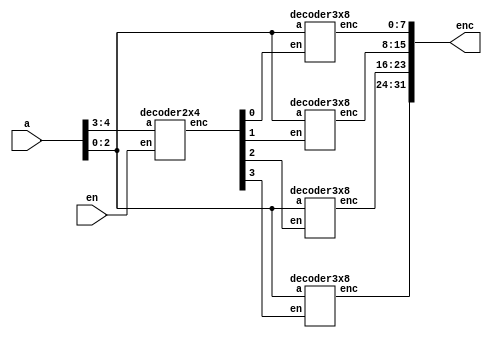
// Design of the above 5:32 decoder circuit using 4 3:8 and 1 2:4 decoder

module encoder(

input [4:0] a,                                 // 5 input lines

input en,                                       // enable pin

output [31:0] enc );                        // 32 output lines

wire [3:0] w;                                //for storing the output of 2:4 decoder

decoder2x4 x1(w,a[4:3],en);     // Calling 2:4 decoder with en and a[4:3] as inputs and w as                                                          //output

decoder3x8 x2(enc[7:0], a[2:0],w[0]);  // Calling 3:8 decoder with[0] as enable

decoder3x8 x3(enc[15:8], a[2:0],w[1]);

decoder3x8 x4(enc[23:16], a[2:0],w[2]);

decoder3x8 x5(enc[31:24], a[2:0],w[3]);

endmodule

//2:4 decoder

module decoder2x4(

output reg [3:0] enc,

input [1:0] a,

input en);

always @(a,en)               // behavioral modeling, give all the inputs inside always block


if(en)

case(a)

2'b00: enc=4'b0001;    // Use the truth table. Very easy to code in behavioral modeling.

2'b01: enc=4'b0010;

2'b10: enc=4'b0100;

2'b11: enc=4'b1000;

default: enc=0;

endcase

else enc=0;              //if en=0, the output should be 0

endmodule

// 3:8 decoder

module decoder3x8(

output reg [7:0] enc,

input [2:0] a,

input en);

always @(a,en)

if(en)

case(a)                                  // Use truth table of 3:8 decoder


0: enc =8'b00000001;           // if input is 000=0

1: enc =8'b00000010;           // if input is 001=1

2: enc =8'b00000100;

3: enc =8'b00001000;

4: enc =8'b00010000;

5: enc =8'b00100000;

6: enc =8'b01000000;

7: enc =8'b10000000;

default: enc=0;

endcase

else enc=0;        // if en=0, y=0

endmodule